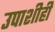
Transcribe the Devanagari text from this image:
उपाशीही